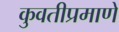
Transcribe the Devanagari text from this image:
कुवतीप्रमाणे